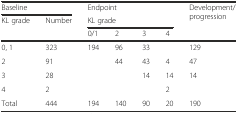
<table><thead><tr><td colspan="2"><b>Baseline</b></td><td colspan="4"><b>Endpoint</b></td><td rowspan="3"><b>Development/progression</b></td></tr><tr><td rowspan="2"><b>KL grade</b></td><td rowspan="2"><b>Number</b></td><td colspan="4"><b>KL grade</b></td></tr><tr><td><b>0/1</b></td><td><b>2</b></td><td><b>3</b></td><td><b>4</b></td></tr></thead><tbody><tr><td>0, 1</td><td>323</td><td>194</td><td>96</td><td>33</td><td></td><td>129</td></tr><tr><td>2</td><td>91</td><td></td><td>44</td><td>43</td><td>4</td><td>47</td></tr><tr><td>3</td><td>28</td><td></td><td></td><td>14</td><td>14</td><td>14</td></tr><tr><td>4</td><td>2</td><td></td><td></td><td></td><td>2</td><td></td></tr><tr><td>Total</td><td>444</td><td>194</td><td>140</td><td>90</td><td>20</td><td>190</td></tr></tbody></table>